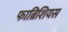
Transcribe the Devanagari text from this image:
फाब्रिशियस